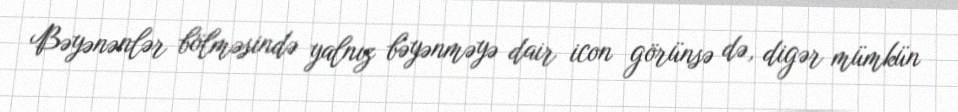
Bəyənənlər bölməsində yalnız bəyənməyə dair icon görünsə də, digər mümkün